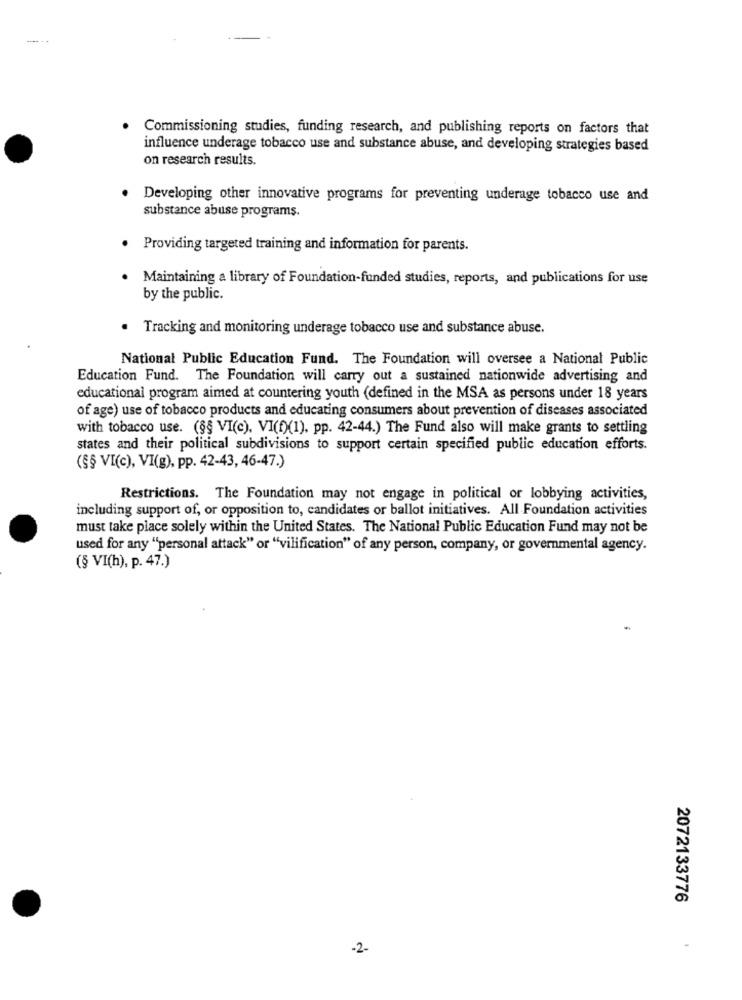
--
Commissioning studies, funding research, and publishing reports on factors that
influence underage tobacco use and substance abuse, and developing strategies based
on research results.
Developing other innovative programs for preventing underage tobacco use and
substance abuse programs.
· Providing targeted training and information for parents.
Maintaining a library of Foundation-funded studies, reports, and publications for use
by the public.
Tracking and monitoring underage tobacco use and substance abuse.
National Public Education Fund. The Foundation will oversee a National Public
Education Fund. The Foundation will carry out a sustained nationwide advertising and
educational program aimed at countering youth (defined in the MSA as persons under 18 years
of age) use of tobacco products and educating consumers about prevention of diseases associated
with tobacco use. (§§ VI(e), VI(f)(1). pp. 42-44.) The Fund also will make grants to settling
states and their political subdivisions to support certain specified public education efforts.
(§§ VI(c), VI(g), pp. 42-43, 46-47.)
Restrictions. The Foundation may not engage in political or lobbying activities,
including support of, or opposition to, candidates or ballot initiatives. All Foundation activities
must take place solely within the United States. The National Public Education Fund may not be
used for any "personal attack" or "vilification" of any person, company, or governmental agency.
(§ VI(h), p. 47.)
.
2072133776
-2-
-